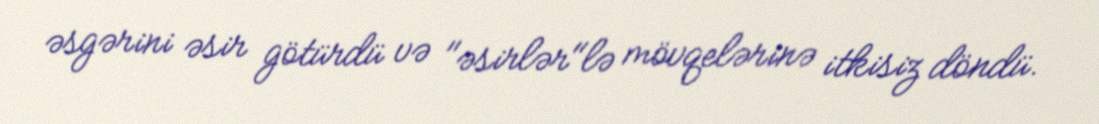
əsgərini əsir götürdü və "əsirlər"lə mövqelərinə itkisiz döndü.